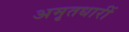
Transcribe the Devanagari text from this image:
अमृतधारीं